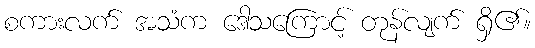
စကားလက် အသံက ဒေါသကြောင့် တုန်လျက် ရှိ၏။